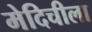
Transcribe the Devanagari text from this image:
मेदिचीला